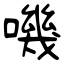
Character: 嘰